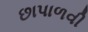
છાપાળવી